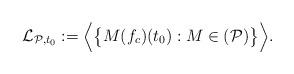
LaTeX: \begin{align*}{}\mathcal{L}_{\mathcal{P},t_0}:=\Big\langle\big\{M(f_c)(t_0): M\in (\mathcal{P})\big\}\Big\rangle.\end{align*}